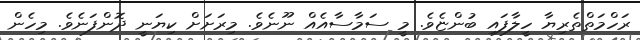
ރަހްމަތްތެރިޔާ ހީލާފައި ބުންޏެވެ. މީ ސަމާސާއެއް ނޫނެވެ. މިރަށަށް ކިޔަނީ ދޮންފަނެވެ. މިހެން